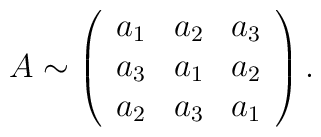
A \sim \left(\begin{array}{ccc}a_1&a_2&a_3 \\a_3&a_1&a_2 \\a_2&a_3&a_1\end{array}\right).